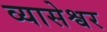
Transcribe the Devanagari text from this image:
व्यासेश्वर